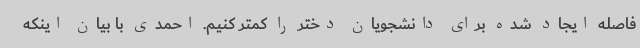
فاصله ایجاد شده برای دانشجویان دختر را کمتر کنیم. احمدی با بیان اینکه